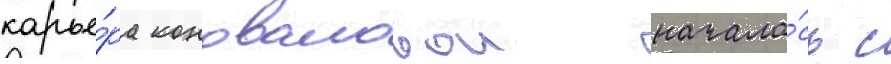
карье́ра коноваловои начала́сь с